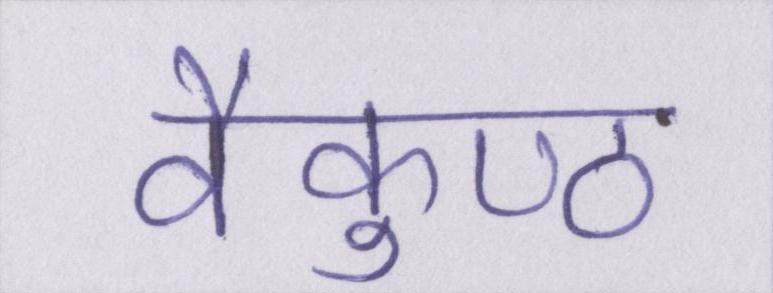
वैकुण्ठ